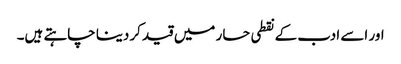
اور اسے ادب کے نقطی حسار میں قید کردینا چاہتے ہیں۔